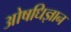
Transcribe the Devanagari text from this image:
ओषधिज्ञान